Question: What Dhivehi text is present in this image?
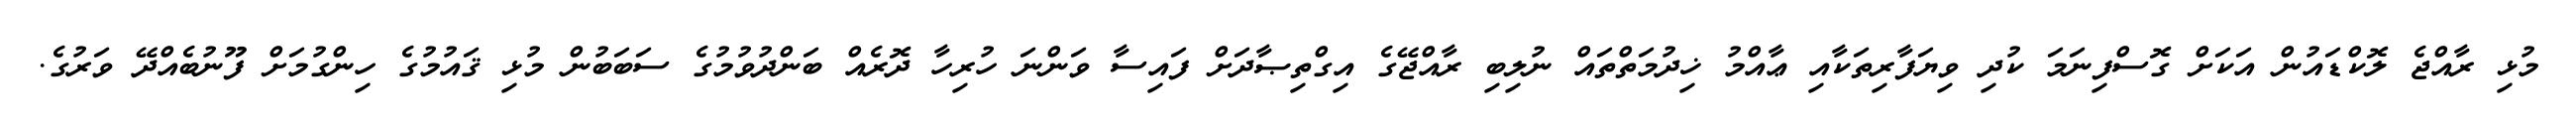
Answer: މުޅި ރާއްޖެ ލޮކްޑައުން އަކަށް ގޮސްފިނަމަ ކުދި ވިޔަފާރިތަކާއި ޢާއްމު ޚިދުމަތްތައް ނުލިބި ރާއްޖޭގެ އިގްތިޞާދަށް ފައިސާ ވަންނަ ހުރިހާ ދޮރެއް ބަންދުވުމުގެ ސަބަބުން މުޅި ޤައުމުގެ ހިންގުމަށް ފޫނުބެއްދޭ ވަރުގެ.